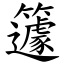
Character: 籧